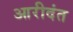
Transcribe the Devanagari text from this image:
आरीदंत